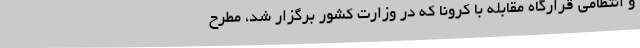
و انتظامی قرارگاه مقابله با کرونا که در وزارت کشور برگزار شد، مطرح